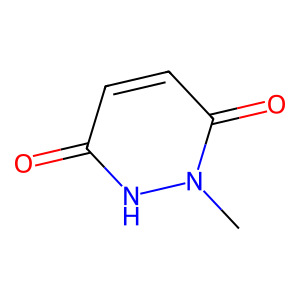
SMILES: Cn1[nH]c(=O)ccc1=O
Inhibits HIV replication: No